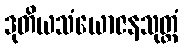
ဒုတိယသံယောဇနသုတ္တံ